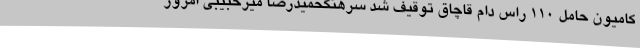
کامیون حامل 110 راس دام قاچاق توقیف شد سرهنگحمیدرضا میرحبیبی امروز